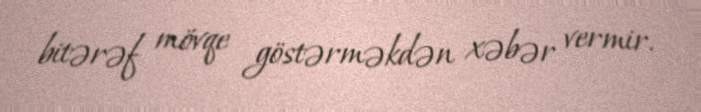
bitərəf mövqe göstərməkdən xəbər vermir.